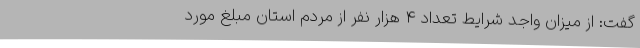
گفت: از میزان واجد شرایط تعداد ۴ هزار نفر از مردم استان مبلغ مورد